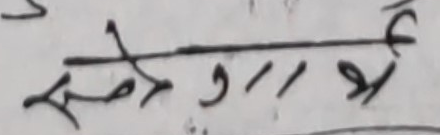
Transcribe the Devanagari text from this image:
सेयो ११ र्खे